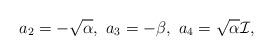
LaTeX: \begin{align*}a_2=-\sqrt{\alpha},\ a_3=-\beta,\ a_4=\sqrt{\alpha}\mathcal I,\end{align*}